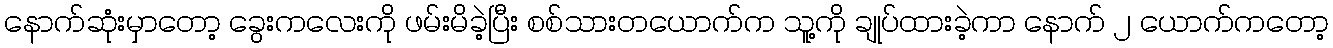
နောက်ဆုံးမှာတော့ ခွေးကလေးကို ဖမ်းမိခဲ့ပြီး စစ်သားတယောက်က သူ့ကို ချုပ်ထားခဲ့ကာ နောက် ၂ ယောက်ကတော့